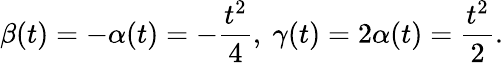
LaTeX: \beta(t)=-\alpha(t)=-\frac{t^{2}}{4},\ \gamma(t)=2\alpha(t)=\frac{t^{2}}{2}.